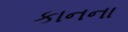
કાનના